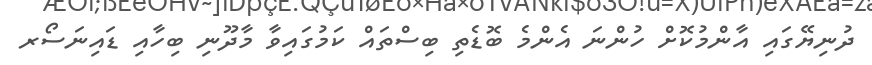
ދުނިޔޭގައި އާންމުކޮށް ހުންނަ އެންމެ ބޮޑެތި ބިސްތައް ކަމުގައިވާ މާދޫނި ބިހާއި ޑައިނަސޯރ